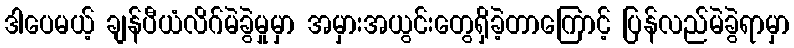
ဒါပေမယ့် ချန်ပီယံလိဂ်မဲခွဲမှုမှာ အမှားအယွင်းတွေရှိခဲ့တာကြောင့် ပြန်လည်မဲခွဲရာမှာ